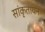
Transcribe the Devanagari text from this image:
सांकृतायन